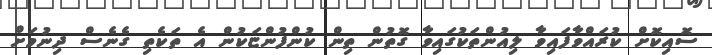
ސޮއިކޮށް ކުރައްވާފައިވާ ލިއުންތަކުގައިވާ ގޮތުން ތިން ކުންފުންޏަކުން އެ ތަކެތި ގެނެސް ދިނުމަށް